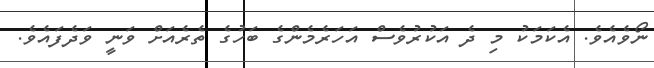
ނޯވެއެވެ. އެކަމަކު މި ދެ އަކުރުވެސް އަހަރެމެންގެ ބަހުގެ ތެރެއަށް ވަނީ ވަދެފައެވެ.